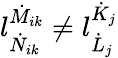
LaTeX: l_{\dot{N}_{ik}}^{\dot{M}_{ik}}\neq l_{\dot{L}_{j}}^{\dot{K}_{j}}